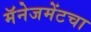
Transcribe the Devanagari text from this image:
मॅनेजमेंटचा